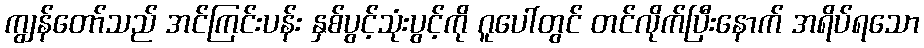
ကျွန်တော်သည် အင်ကြင်းပန်း နှစ်ပွင့်သုံးပွင့်ကို ဂူပေါ်တွင် တင်လိုက်ပြီးနောက် အရိပ်ရသော